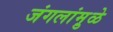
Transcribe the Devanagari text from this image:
जंगलांमु़ळे